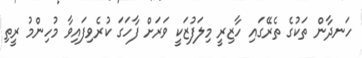
ހަނދާން ތަކުގެ ތެރޭގައި ހާޒިރީ މިލަފުޒަކީ ވަރަށް ފާހަގަ ކުރެވިފައިވާ މުހިންމު ރީތި